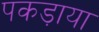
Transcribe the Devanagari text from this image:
पकड़ाया